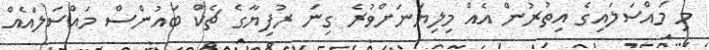
މި މައްސަލައިގެ އިތުރުން އެއް މިލިޔަނަށްވުރެ ގިނަ ރުފިޔާގެ ޗެކް ބައުންސް މައްސަލައެއް